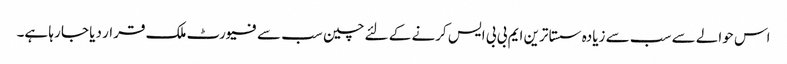
اس حوالے سے سب سے زیادہ سستا ترین ایم بی بی ایس کرنے کے لئے چین سب سے فیورٹ ملک قرار دیا جا رہا ہے۔